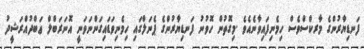
ފަނޑިޔާރުންގެ މާރކްސްވެސް ހިމެނިފައިވާނެއެވެ .މިގޮތުން ހޮވުނު ފަނޑިޔާރުންގެ ޕެނަލްގައި ހިމެނިވަޑައިގަންނަވަނީ އޮނަރަބްލް ޢަބްދުއްރަޝީދު